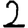
Digit: 2